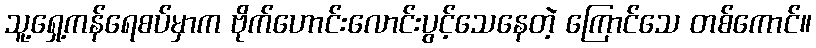
သူ့ရှေ့ကန်ရေစပ်မှာက ဗိုက်ဟောင်းလောင်းပွင့်သေနေတဲ့ ကြောင်သေ တစ်ကောင်။